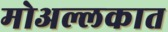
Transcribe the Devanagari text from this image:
मोअल्लकात